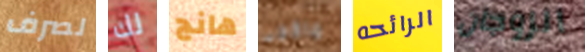
لصرف لك هانج ماكجى الرائحه الزوجان